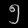
Digit: ၅